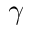
\gamma